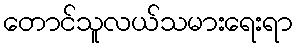
တောင်သူလယ်သမားရေးရာ